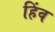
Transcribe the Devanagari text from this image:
हिंव